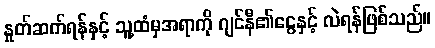
နှုတ်ဆက်ရန်နှင့် သူ့ထံမှအရာကို ဂျင်နီ၏ငွေနှင့် လဲရန်ဖြစ်သည်။